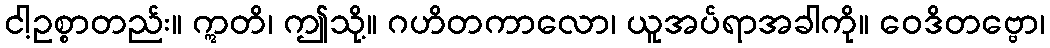
ငါ့ဥစ္စာတည်း။ ဣတိ၊ ဤသို့။ ဂဟိတကာလော၊ ယူအပ်ရာအခါကို။ ဝေဒိတဗ္ဗော၊